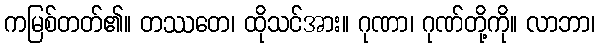
ကမြစ်တတ်၏။ တဿတေ၊ ထိုသင်အား။ ဂုဏာ၊ ဂုဏ်တို့ကို။ လာဘာ၊